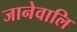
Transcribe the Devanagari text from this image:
जानेवालि